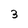
Character: 3